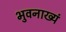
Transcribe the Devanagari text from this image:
भुवनाख्यं